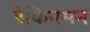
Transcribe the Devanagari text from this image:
डेकिनसन